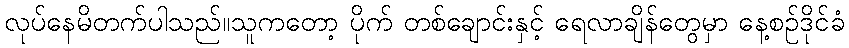
လုပ်နေမိတက်ပါသည်။သူကတော့ ပိုက် တစ်ချောင်းနှင့် ရေလာချိန်တွေမှာ နေ့စဉ်ဒိုင်ခံ